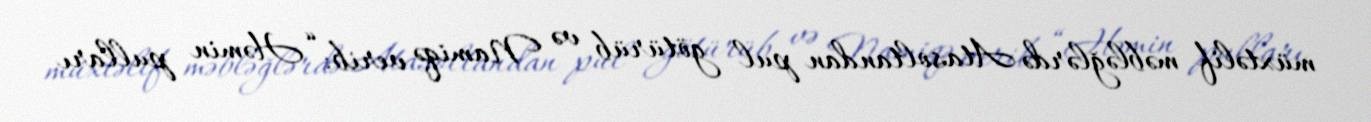
müxtəlif məbləğlərdə Atasoltandan pul götürüb və Namiqə verib: “Həmin pulları